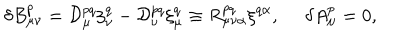
LaTeX: { \delta } B _ { \mu \nu } ^ { p } = { \cal D } _ { \mu } ^ { p q } { \xi } _ { \nu } ^ { q } - { \cal D } _ { \nu } ^ { p q } { \xi } _ { \mu } ^ { q } \equiv R _ { \mu \nu \alpha } ^ { p q } { \xi } ^ { q \alpha } , \, \, \, \, \, \, \, \, { \delta } A _ { \mu } ^ { p } = 0 ,